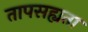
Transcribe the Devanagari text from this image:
तापसह्यता